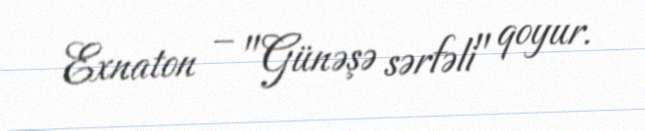
Exnaton – "Günəşə sərfəli" qoyur.